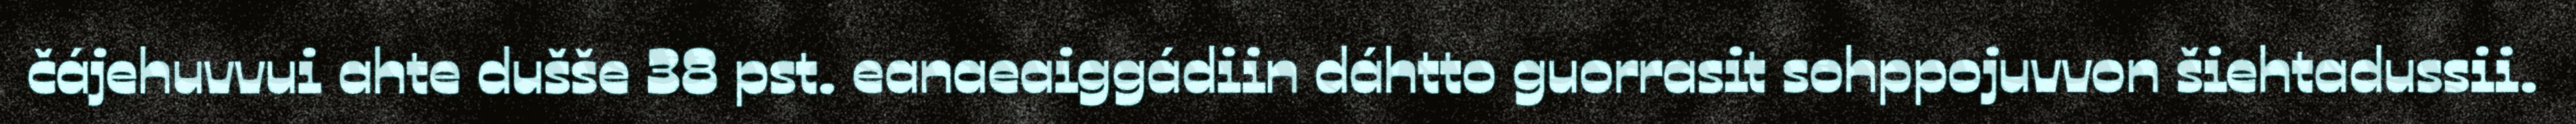
čájehuvvui ahte dušše 38 pst. eanaeaiggádiin dáhtto guorrasit sohppojuvvon šiehtadussii.